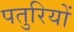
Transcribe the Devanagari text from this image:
पतुरियों